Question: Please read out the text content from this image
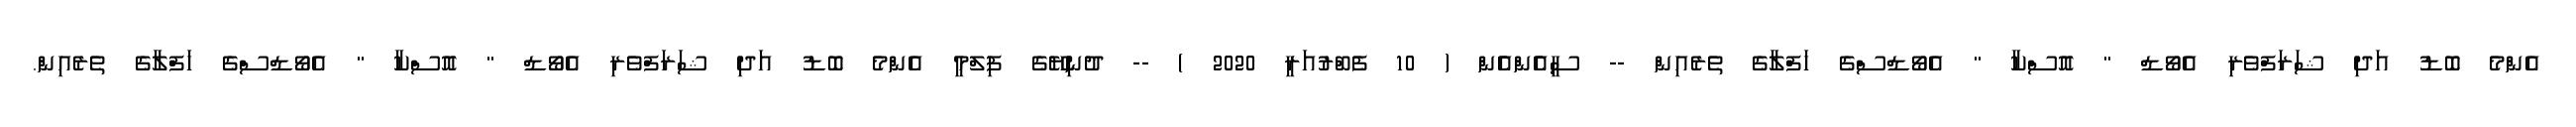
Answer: އެންމެ ބޮޑު އަދި ޝަރަފްވެރި އެވޯޑް " އޮސްކާ " އެވޯޑްސްގެ ހަފްލާގެ ތެރެއިން -- ސީއެެންއެެން ( 10 ފެބްރުއަރީ 2020 ) -- ދުނިޔޭގެ ފިލްމީ އެންމެ ބޮޑު އަދި ޝަރަފްވެރި އެވޯޑް " އޮސްކާ " އެވޯޑްސްގެ ހަފްލާގެ ތެރެއިން.